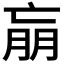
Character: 𰁝